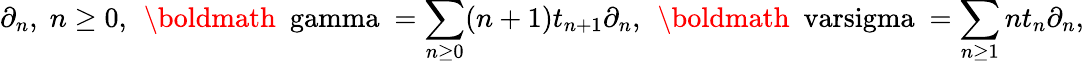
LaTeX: \partial_{n},\; n\geq 0,\, \; \mathrm{\boldmath~\ gamma~}=\sum_{n\geq 0}(n+1)t_{n+1}\partial_{n},\, \; \mathrm{\boldmath~\ varsigma~}=\sum_{n\geq 1}nt_{n}\partial_{n},